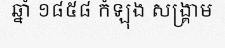
ឆ្នាំ ១៨៥៨ កំឡុង សង្គ្រាម